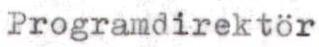
Programdirektör